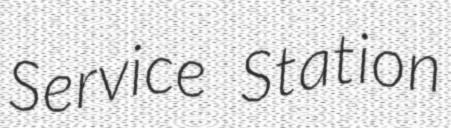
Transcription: Service Station